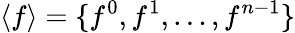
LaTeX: \langle f\rangle=\{ f^{0},f^{1},\dots,f^{n-1}\}